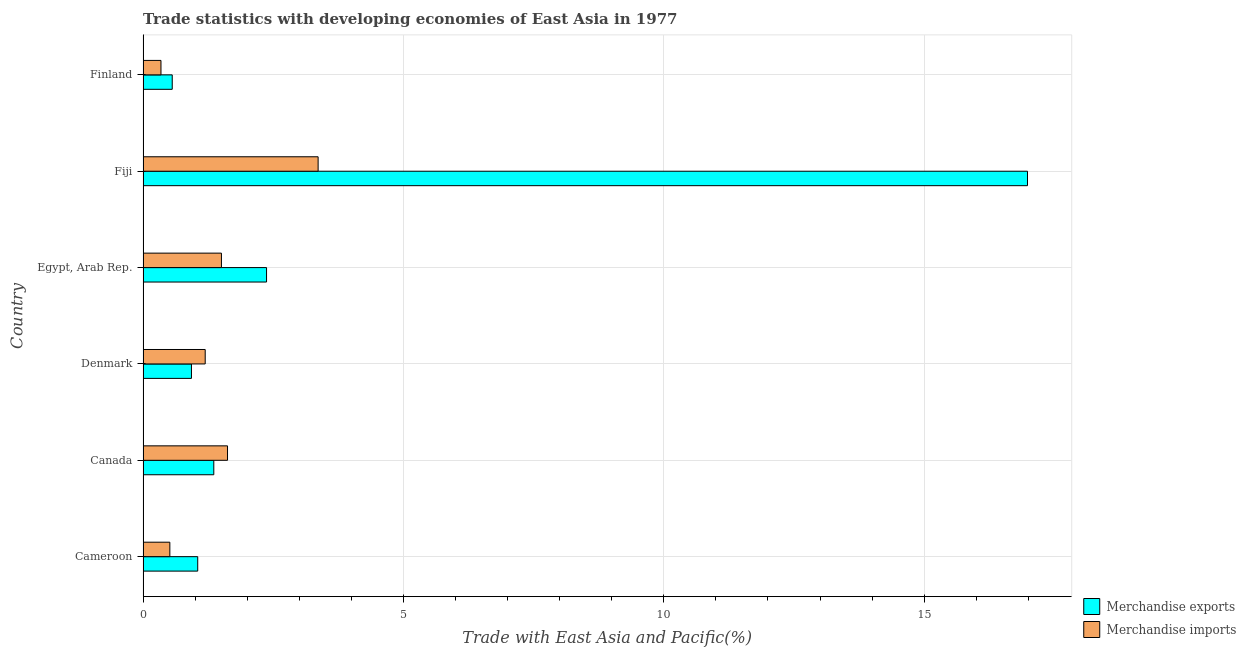
| Country | Merchandise exports | Merchandise imports |
 | --- | --- | --- |
 | Cameroon | 1.05 | 0.514 |
 | Canada | 1.36 | 1.62 |
 | Denmark | 0.929 | 1.19 |
 | Egypt, Arab Rep. | 2.37 | 1.51 |
 | Fiji | 17 | 3.36 |
 | Finland | 0.56 | 0.344 |